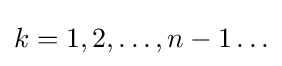
k=1,2,\ldots ,n-1\ldots